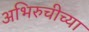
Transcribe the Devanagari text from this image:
अभिरुचीच्या